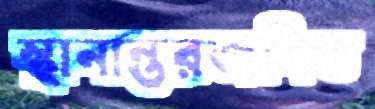
স্থানান্তরজনিত